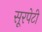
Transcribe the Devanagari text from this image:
सूरपेटी